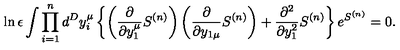
\ln \epsilon \int \prod _ { i = 1 } ^ { n } d ^ { D } y _ { i } ^ { \mu } \left\{ \left( { \frac { \partial } { \partial y _ { 1 } ^ { \mu } } } S ^ { ( n ) } \right) \left( { \frac { \partial } { \partial y _ { 1 \mu } } } S ^ { ( n ) } \right) + { \frac { \partial ^ { 2 } } { \partial y _ { 1 } ^ { 2 } } } S ^ { ( n ) } \right\} e ^ { S ^ { ( n ) } } = 0 .